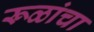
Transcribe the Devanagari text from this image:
रूळांचा